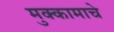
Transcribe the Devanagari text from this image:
मुक्कामाचे